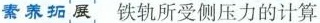
素养拓展 铁轨所受侧压力的计算